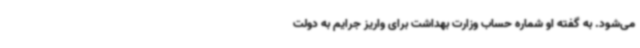
می‌شود. به گفته او شماره حساب وزارت بهداشت برای واریز جرایم به دولت